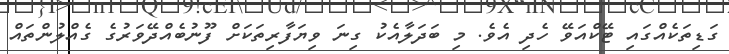
ގަޑިތަކެއްގައި ޓޭކްއަވޭ ހެދި އެވެ. މި ބަދަލާއެކު ގިނަ ވިޔަފާރިތަކަށް ފޫނުބެއްދޭވަރުގެ ގެއްލުންތައް